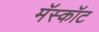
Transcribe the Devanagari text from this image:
मॅस्कॉट